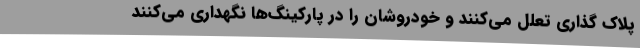
پلاک گذاری تعلل می‌کنند و خودروشان را در پارکینگ‌ها نگهداری می‌کنند